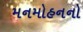
મનમોહનનો